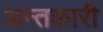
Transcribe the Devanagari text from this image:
अन्तकारी